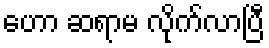
ဟော ဆရာမ လိုက်လာပြီ